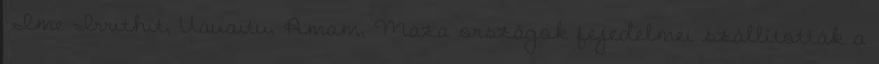
«Ime Irrithit, Uauaitu, Amam, Maza országok fejedelmei szállították a